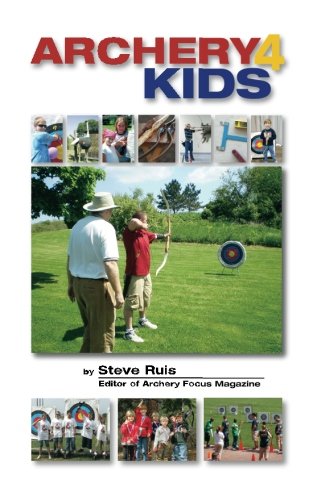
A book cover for Archery4Kids; Steve Ruis; Sports & Outdoors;